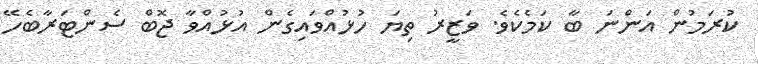
ކުރަމުން އަންނަ ބާ ކަމެކެވެ. ވަޒީރު ތިޔަ ހުޅުއްވައިގެން އުޅުއްވާ ޖޮބް ސެންޓަރާބެހޭ